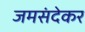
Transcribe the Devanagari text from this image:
जमसंदेकर